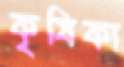
কৃষিকা